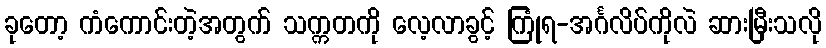
ခုတော့ ကံကောင်းတဲ့အတွက် သက္ကတကို လေ့လာခွင့် ကြုံရ-အင်္ဂလိပ်ကိုလဲ ဆားမြီးသလို